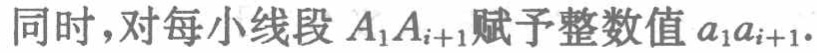
同时，对每小线段 \(A_{1}A_{i + 1}\)赋予整数值 \(a_{1}a_{i + 1}\).